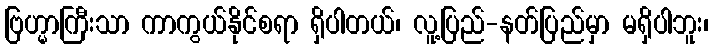
ဗြဟ္မာကြီးသာ ကာကွယ်နိုင်စရာ ရှိပါတယ်၊ လူ့ပြည်-နတ်ပြည်မှာ မရှိပါဘူး၊